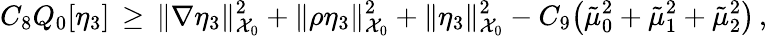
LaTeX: C_{8}Q_{0}[\eta_{3}]\, \ge\, \| \nabla\eta_{3}\| _{\mathcal{X}_{0}}^{2}+\| \rho\eta_{3}\| _{\mathcal{X}_{0}}^{2}+\| \eta_{3}\| _{\mathcal{X}_{0}}^{2}-C_{9}\bigl(\tilde{\mu}_{0}^{2}+\tilde{\mu}_{1}^{2}+\tilde{\mu}_{2}^{2}\bigr)\, ,